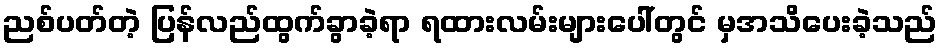
ညစ်ပတ်တဲ့ ပြန်လည်ထွက်ခွာခဲ့ရာ ရထားလမ်းများပေါ်တွင် မှအသိပေးခဲ့သည်